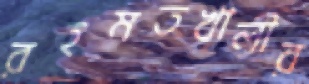
রহমতখালীর